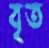
বৃত